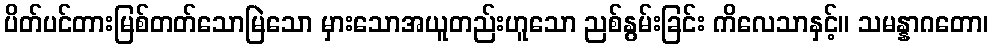
ပိတ်ပင်တားမြစ်တတ်သောမြဲသော မှားသောအယူတည်းဟူသော ညစ်နွမ်းခြင်း ကိလေသာနှင့်။ သမန္နာဂတော၊